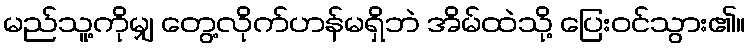
မည်သူ့ကိုမျှ တွေ့လိုက်ဟန်မရှိဘဲ အိမ်ထဲသို့ ပြေးဝင်သွား၏။